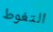
التغوط